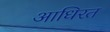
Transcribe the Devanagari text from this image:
आधिरत